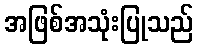
အဖြစ်အသုံးပြုသည်